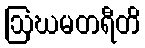
ဩဃမတရီတိ